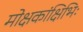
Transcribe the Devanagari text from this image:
मोक्षकांक्षिभिः